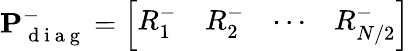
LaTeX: \mathbf{P}_{\mathrm{~d~i~a~g~}}^{-}=\left[\begin{array}{llll}{R_{1}^{-}}&{R_{2}^{-}}&{\cdots}&{R_{N/2}^{-}}\end{array}\right]